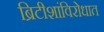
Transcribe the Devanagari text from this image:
ब्रिटीशांविरोधात